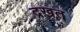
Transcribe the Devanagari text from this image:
द्रख़त